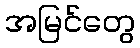
အမြင်တွေ